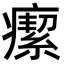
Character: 𤺚